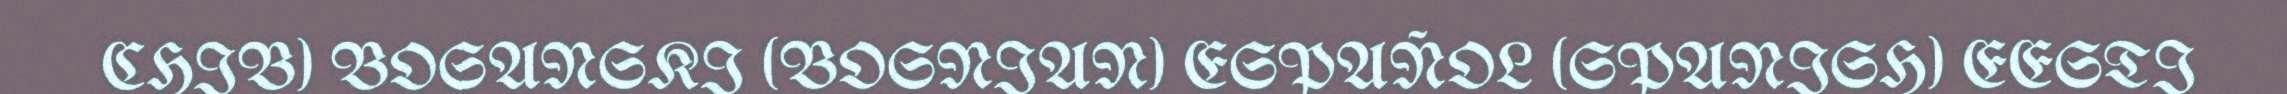
CHIB) BOSANSKI (BOSNIAN) ESPAÑOL (SPANISH) EESTI